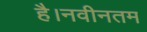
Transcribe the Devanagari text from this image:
है।नवीनतम